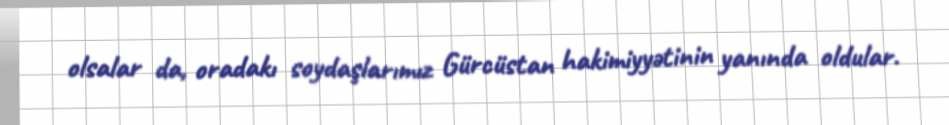
olsalar da, oradakı soydaşlarımız Gürcüstan hakimiyyətinin yanında oldular.